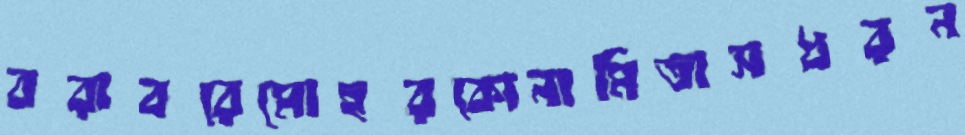
বরাবরেমোহরকোনামিতাসধরন